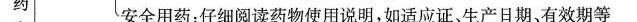
药安全用药：仔细阅读药物使用说明，如适应证、生产日期、有效期等